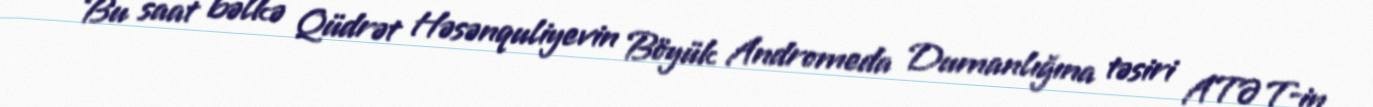
Bu saat bəlkə Qüdrət Həsənquliyevin Böyük Andromeda Dumanlığına təsiri ATƏT-in